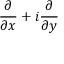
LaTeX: { \frac { \partial } { \partial x } } + i { \frac { \partial } { \partial y } }